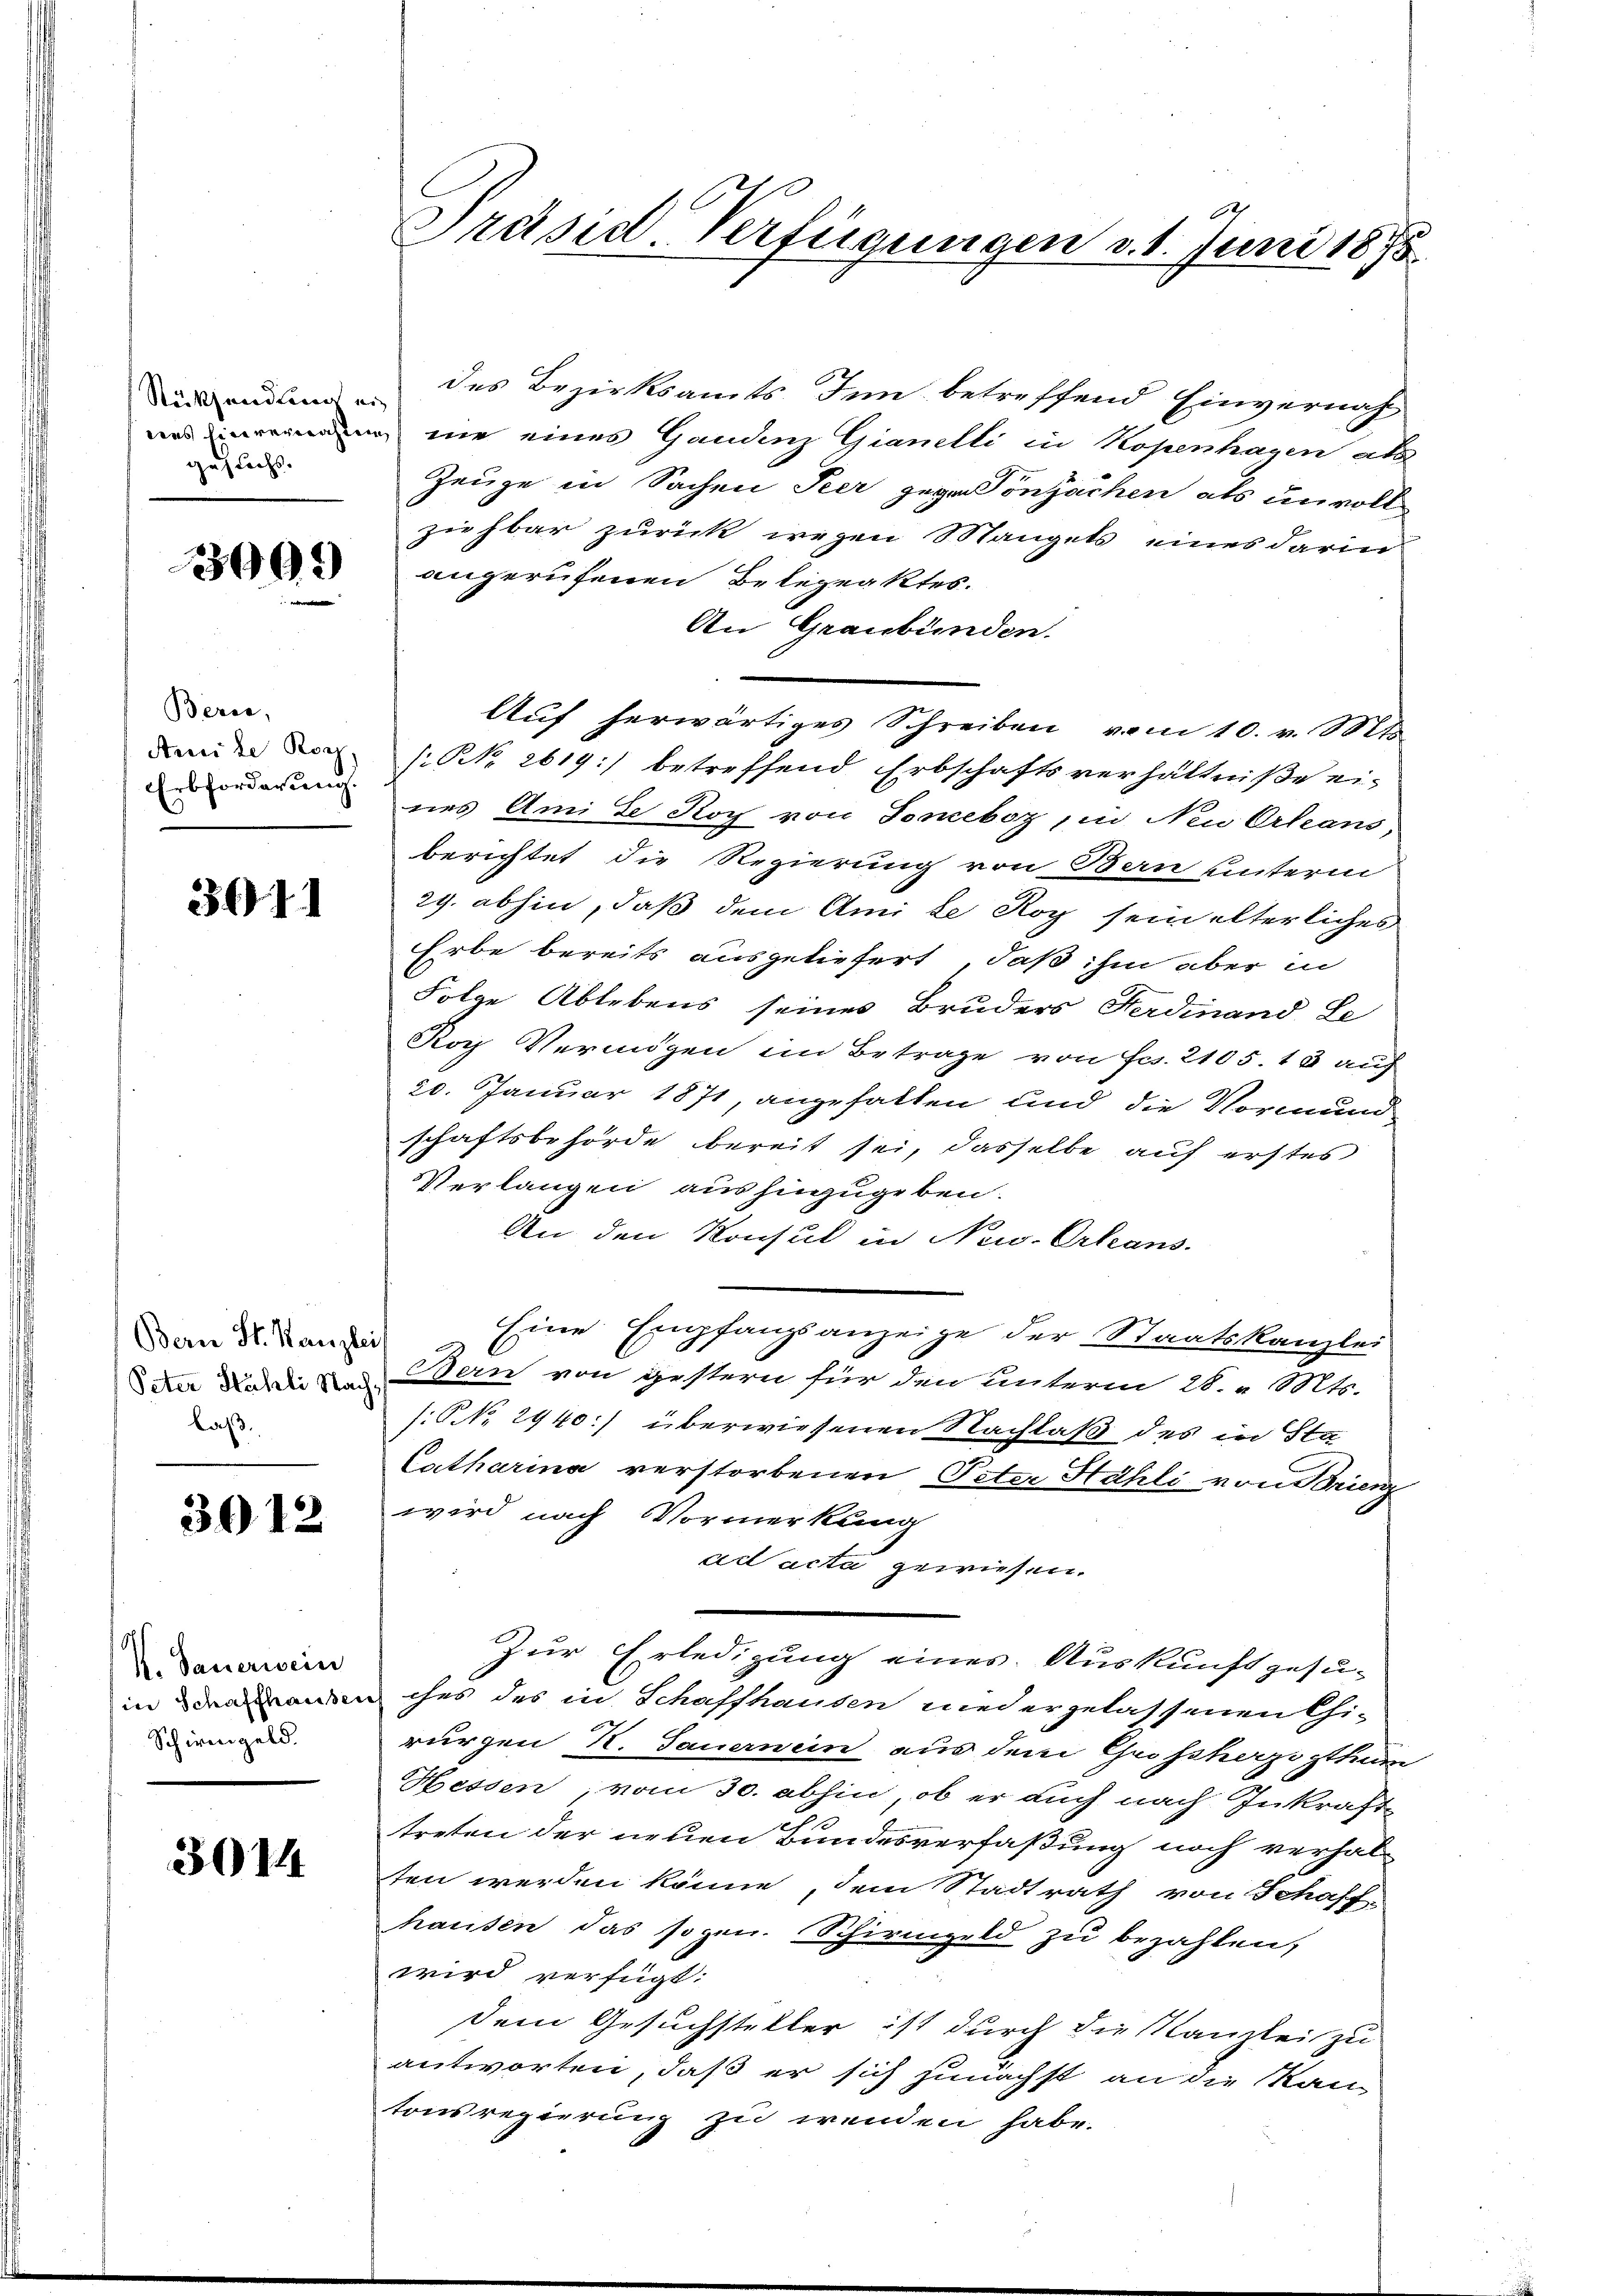
Rücksendung ein
gesucht.

3909

Berei,
Amile Koch,
Erbforderung.

3011

Bern St. Kanzlei
laß.

3012

V. Sauerwein
(in Schaffhauser
Schirmgeld.

3014

7
Präsid-Verfügungen v. 1. Juni 1873.

des Bezirksamts Inn betreffend Einvernah¬
 nie eines Gandenz Gianelli in Kopenhagen al
Zeuge in Sachen Peer gegen Sonsachen als unvoll
ziehbar zurück wegen Mangels eines darin
angerufenen Belegeaktes.
An Graubünden.
Auf herwärtiges Schreiben vom 10. v. Mts.
[NNo. 2619) betreffend Erbschaftsverhältniße ei-
nes Amise Koch von Joneboz, in Neu Orleans,
berichtet die Regierung von Bern unterm
29. abhin, daß dem Ami le Roy sein alterliches
Erbe bereits ausgeliefert, daß ihm aber in
Folge Ablebens seines Bruders Ferdinand Le
Roy Vermögen im Betrage von Fcs. 2105. 13 auch
20. Januar 1871, angefallen und die Vormund
schaftsbehörde bereit sei, dasselbe auf erstes
Verlangen aushinzugeben.
An den Konsul in New. Erkans.
Eine Empfangsanzeige der Staatskanzlei
Dann die die und Bern von gestern für den Unterm 28. v. Mts.
/: No 2940:) überwiesenen Nachlaß des in Sta
Catharina verstorbenen Peter Hahli von Serienz
wird nach Vormerkung
ad acta gewiesen.
Zur Erledigung eines Auskunft gesuches des in Schaffhausen wiedergelassenen Cirurgen K. Sauernein aus dem Großherzogthuun
Hessen vom 30. abhin, ob er auch nach Inkraft
treten der neuen Bundesverfaßung noch verhalten werden könne, dem Stadtrath von Schaff-
hausen das sogen. Schirmgeld zu bezahlen,
wird verfügt:
dem Gesuchsteller ist durch die Kanzlei zu
antworten, daß er sich zunächst an die Ran
tonsregierung zu wenden habe.